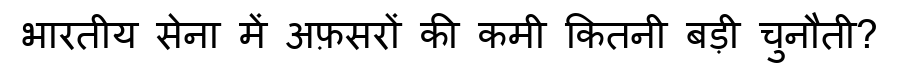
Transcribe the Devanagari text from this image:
भारतीय सेना में अफ़सरों की कमी कितनी बड़ी चुनौती?